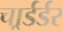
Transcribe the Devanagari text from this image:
चार्र्डर्डर